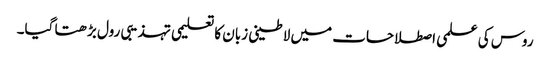
روس کی علمی اصطلاحات میں لاطینی زبان کا تعلیمی تہذیبی رول بڑھتا گیا۔